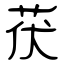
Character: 茯